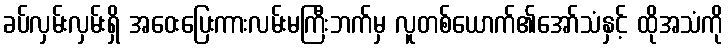
ခပ်လှမ်းလှမ်းရှိ အဝေးပြေးကားလမ်းမကြီးဘက်မှ လူတစ်ယောက်၏အော်သံနှင့် ထိုအသံကို